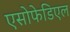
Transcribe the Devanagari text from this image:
एसोफेडिएल